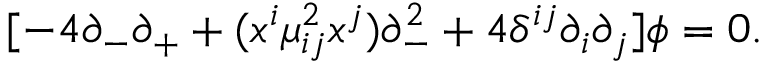
[ - 4 \partial _ { - } \partial _ { + } + ( x ^ { i } \mu _ { i j } ^ { 2 } x ^ { j } ) \partial _ { - } ^ { 2 } + 4 \delta ^ { i j } \partial _ { i } \partial _ { j } ] \phi = 0 .